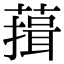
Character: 䔱